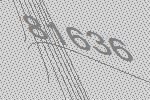
81636